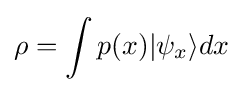
\rho =\int p(x)|\psi _{x}\rangle dx